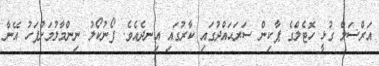
އަރްސަލް ގުޅީ ހޮޓެލްގެ ޕާކިން ސަރަޙައްދުގައި ކާރުގައި އިނދެއެވެ. ފޯނުކޯލު ނިންމާލުމަށްފަހު އޭނާ